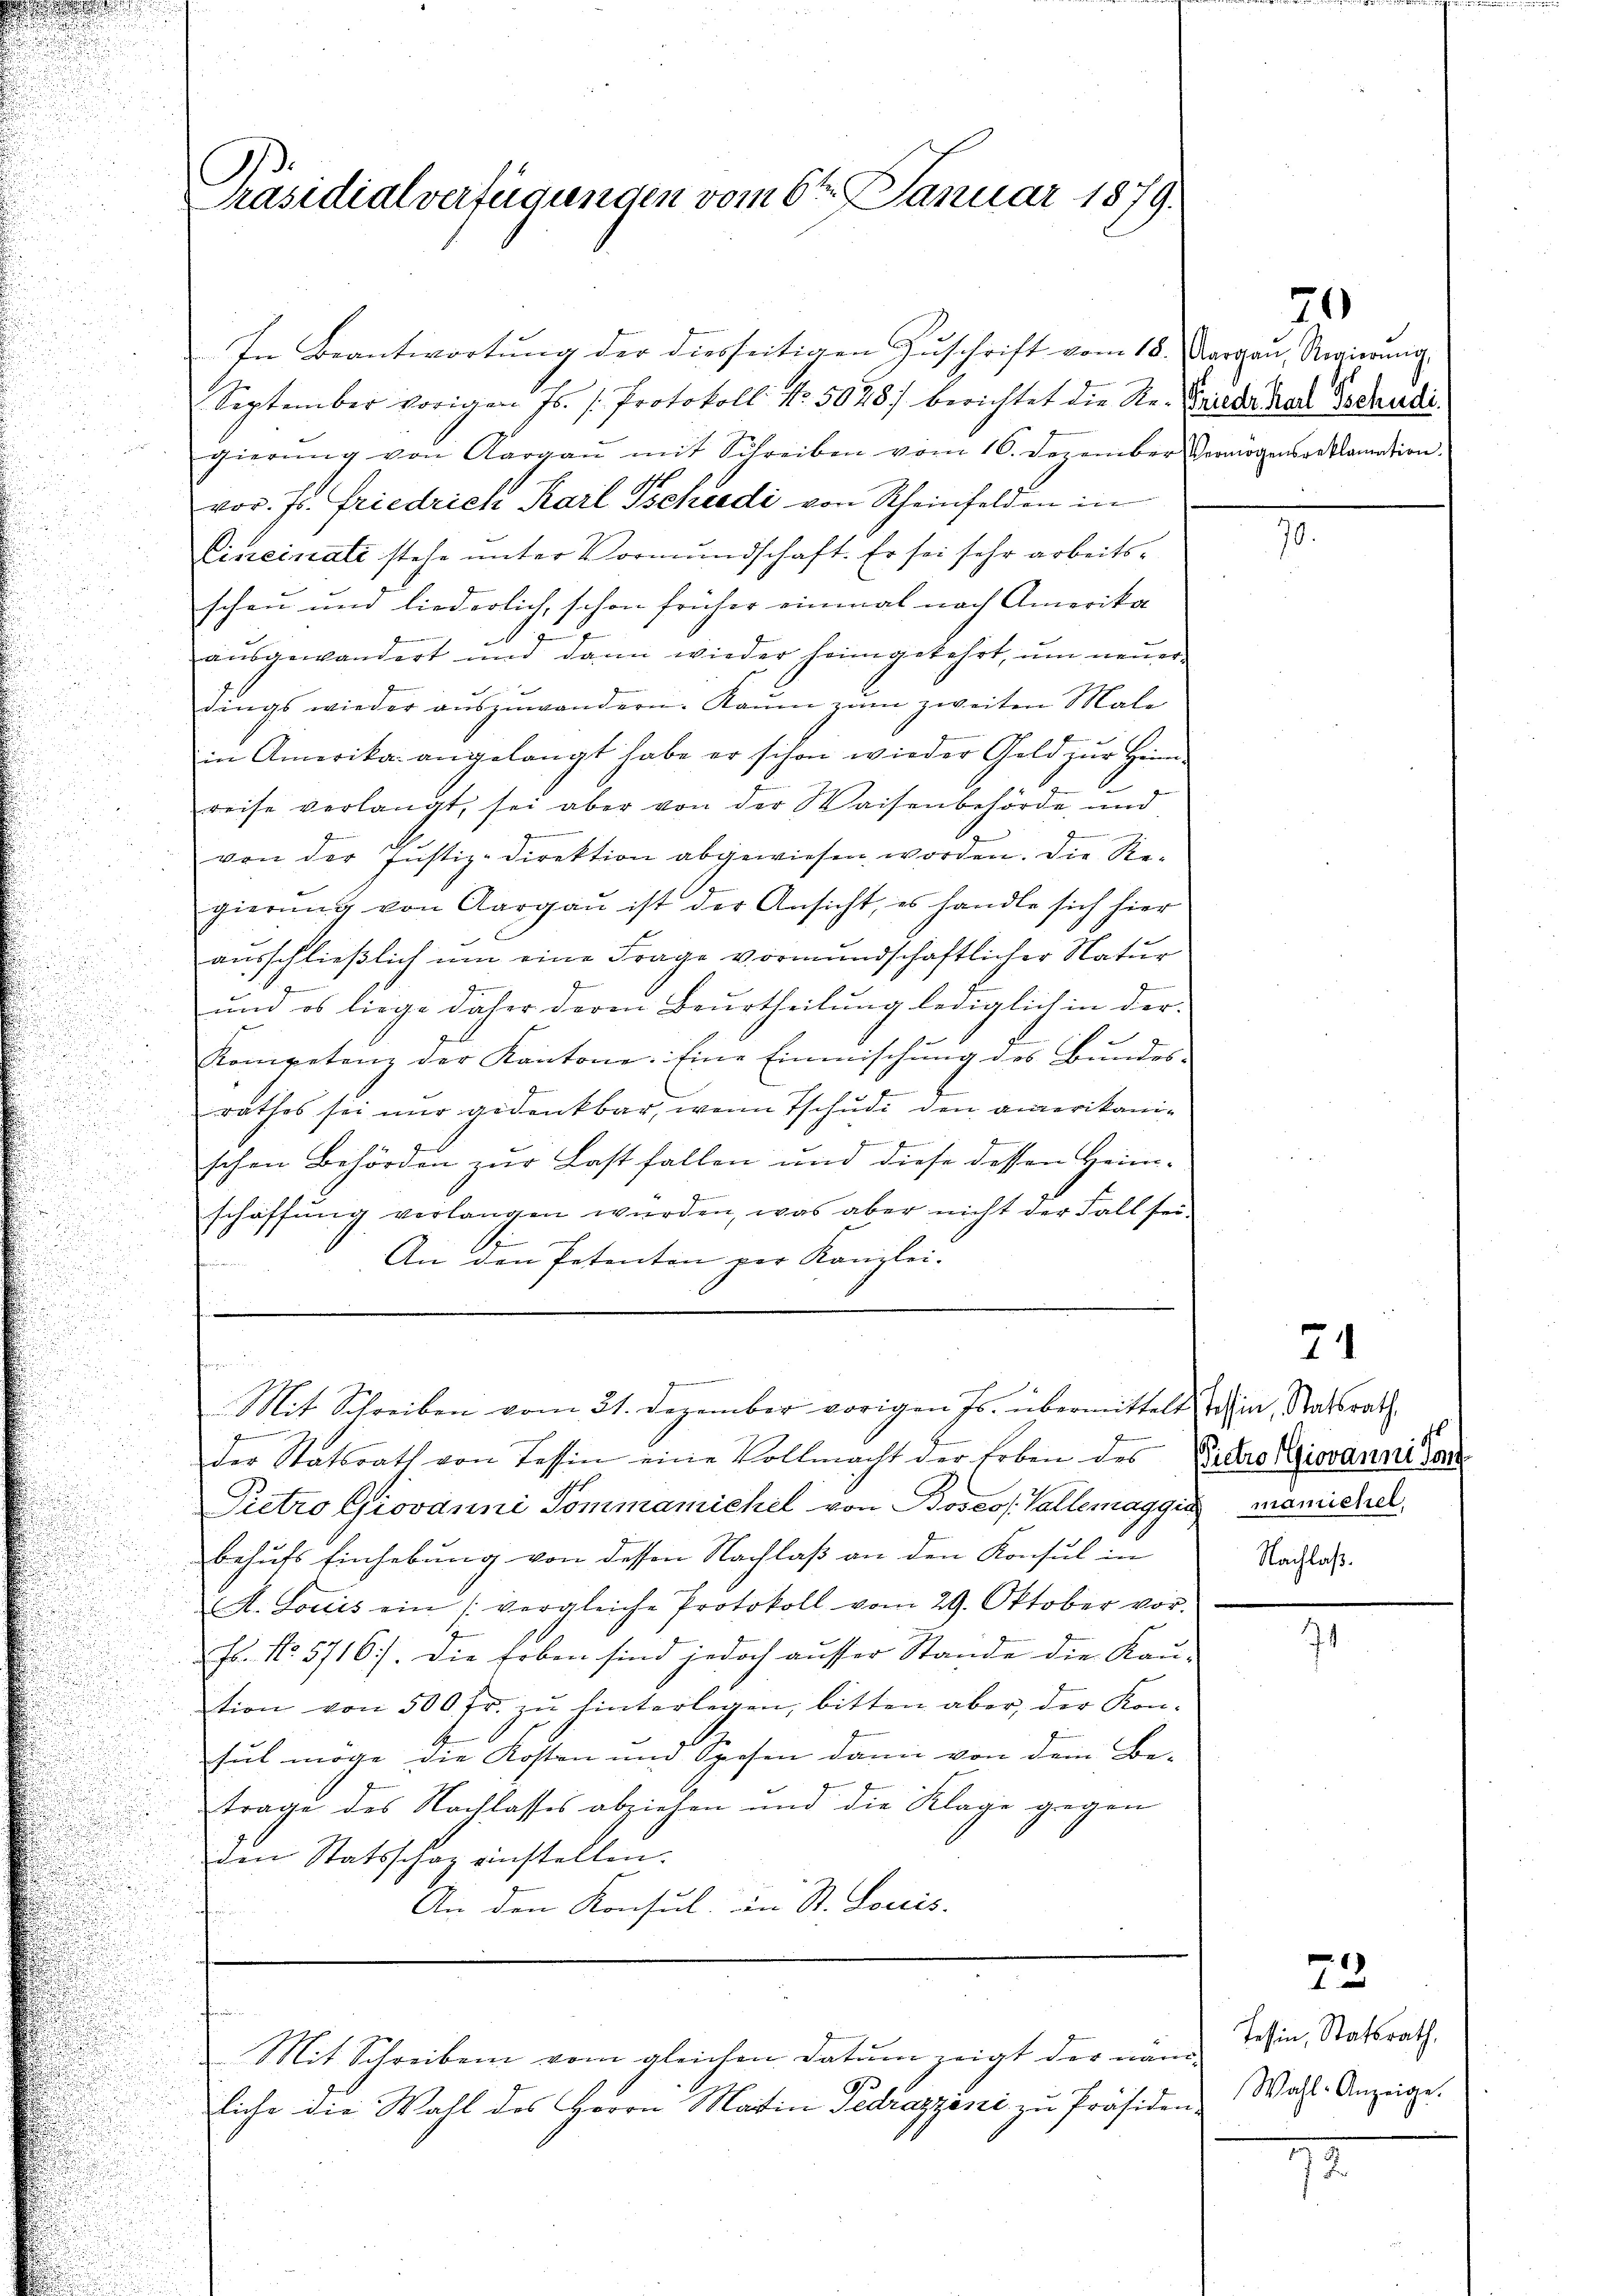
Präsidialverfügungen vom 6ten Januar 1879.

In Beantwortung der diesseitigen Zuschrift vom 18. Margau, Regierung
September vorigen Js. /: Protokoll No. 5028) berichtet die Ste.- Frieder Karl Tschudi
gierŭng von Aargaŭ mit Schreiben vom 16. Dezember Vermögens reklamation.
vor. Js. Friedrich Karl Tschredi von Rheinfelden in
Cincinate stehe unter Vormundschaft. Er sei sehr arbeitsschau und liederlich, schon früher einmal nach Amerika
f
ausgewandert und dann wieder heimgekehrt, um neuer

dings wieder auszuwandern. Raŭm zŭm zweiten Male
in Amerika angelangt habe er schon wieder Geld zur Heim-
reise verlangt, sei aber von der Waisenbehörde und
g
von der Justiz-Direktion abgewiesen worden. Die Regierung von Aargau ist der Ansicht, es handle sich hier
ausschließlich um eine Frage vormundschaftlicher Natur
-
und es liege daher deren Beurtheilung lediglich in der
Kompetenz der Kantone. Eine Einmischung des Bundes-
rathes sei nur gedankbar, wenn Tschudi den amerikanif
e
schen Behörden zur Last fallen und diese dessen Heim¬
Gemein
schaffŭng verlangen wŭrden, was aber nicht der Fall sei-
r
An den Petenten per Kanzlei.

Mit Schreiben vom 21. Dezember vorigen Js. übermittelt dahin, Massrath

der Statsrath von Tessin eine Vollmacht der Erben des Vido Giovanni dan
Pietro Giovanni Pommamichel von Bosess. Vallemaggia menichel
behufs Einhebung von dessen Nachlaß an den Konsul in
M. Louis ein (vergleiche Protokoll vom 29. Oktober vor.
Es. No 5716). Die Erben sind jedoch ausser Stande die Kau-
tion von 500 fr. zŭ hinterlegen, bitten aber der Kon-
sul möge die Kosten und Spesen dann von dem Be-
trage des Nachlasses abziehen und die Klage gegen
den Statsschaz einstellen.
An den Konsul in St. Louis.

Mit Schreiben vom gleichen Datum zeigt der näm-
liche die Wahl des Herrn Martin Fedrazzini zu Präsiden¬

70

Nachlaß.

73

Tessin, Statsrath,
Wahl- Anzeige.